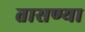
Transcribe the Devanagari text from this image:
तासण्या